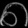
Digit: ၈